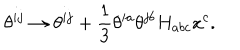
\theta ^ { i j } \to \theta ^ { i j } + { \frac { 1 } { 3 } } \theta ^ { i a } \theta ^ { j b } H _ { a b c } x ^ { c } .